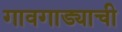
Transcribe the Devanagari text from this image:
गावगाड्याची